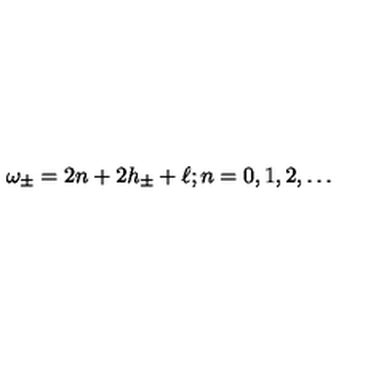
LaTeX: \omega _ { \pm } = 2 n + 2 h _ { \pm } + \ell ; n = 0 , 1 , 2 , \ldots